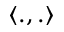
\left< . , . \right>